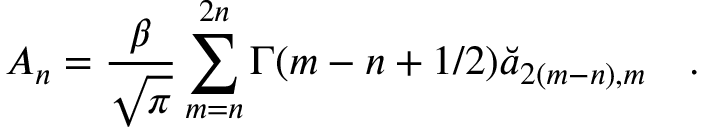
A _ { n } = { \frac { \beta } { \sqrt { \pi } } } \sum _ { m = n } ^ { 2 n } \Gamma ( m - n + 1 / 2 ) \breve { a } _ { 2 ( m - n ) , m } ~ ~ ~ .